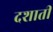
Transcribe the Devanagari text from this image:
दशाती